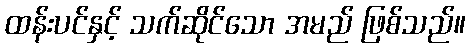
ထန်းပင်နှင့် သက်ဆိုင်သော အမည် ဖြစ်သည်။